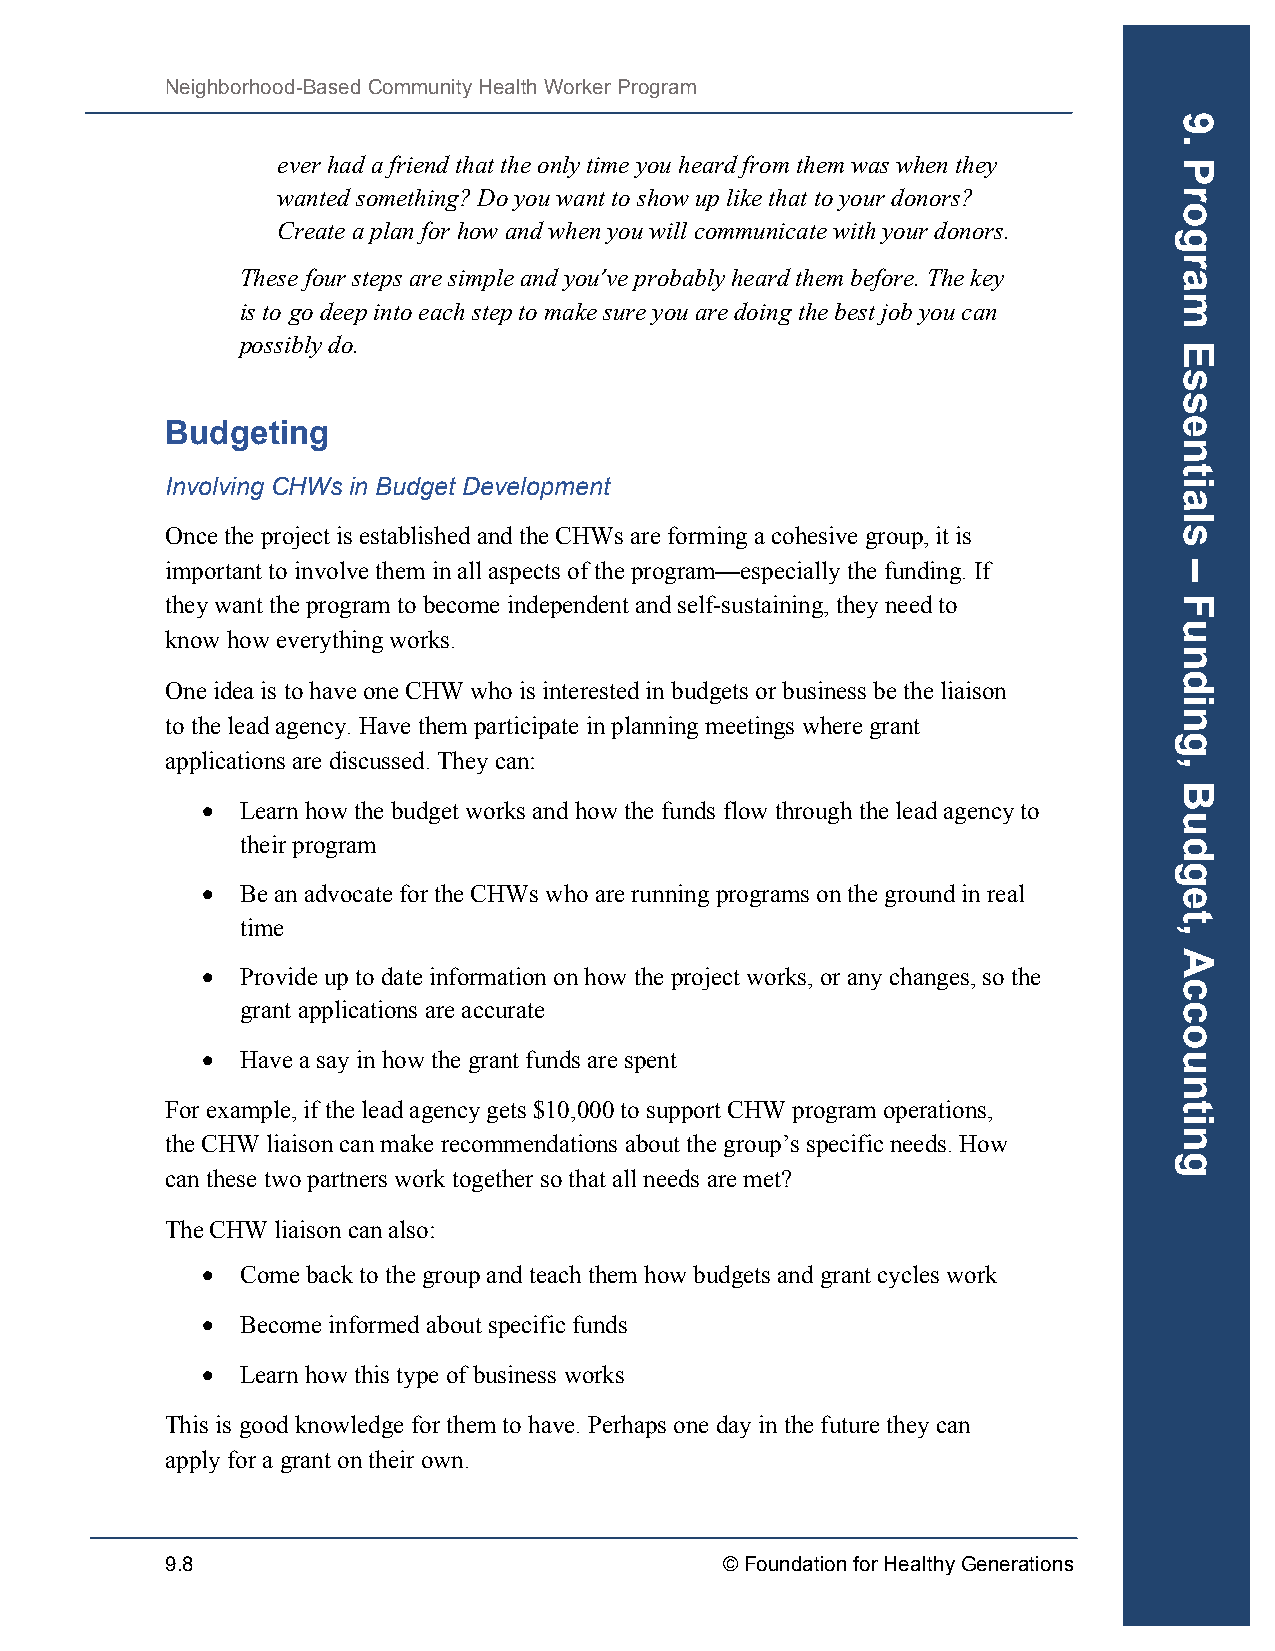
Neighborhood-Based Community Health Worker Program
 ever had a friend that the only time you heard from them was when they
 wanted something? Do you want to show up like that to your donors?
 Create a plan for how and when you will communicate with your donors.
 These four steps are simple and you’ve probably heard them before. The key
 is to go deep into each step to make sure you are doing the best job you can
 possibly do.
 Budgeting
 Involving CHWs in Budget Development
 Once the project is established and the CHWs are forming a cohesive group, it is
 important to involve them in all aspects of the program—especially the funding. If
 they want the program to become independent and self-sustaining, they need to
 know how everything works.
 One idea is to have one CHW who is interested in budgets or business be the liaison
 to the lead agency. Have them participate in planning meetings where grant
 applications are discussed. They can:
 •  Learn how the budget works and how the funds flow through the lead agency to
 their program
 •  Be an advocate for the CHWs who are running programs on the ground in real
 time
 •  Provide up to date information on how the project works, or any changes, so the
 grant applications are accurate
 •  Have a say in how the grant funds are spent
 For example, if the lead agency gets $10,000 to support CHW program operations,
 the CHW liaison can make recommendations about the group’s specific needs. How
 can these two partners work together so that all needs are met?
 The CHW liaison can also:
 •  Come back to the group and teach them how budgets and grant cycles work
 •  Become informed about specific funds
 •  Learn how this type of business works
 This is good knowledge for them to have. Perhaps one day in the future they can
 apply for a grant on their own.
 9.8                                  © Foundation for Healthy Generations
 9.
 Program
 Essentials
 –
 Funding,
 Budget,
 Accounting